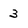
Character: 3